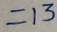
= 1 3